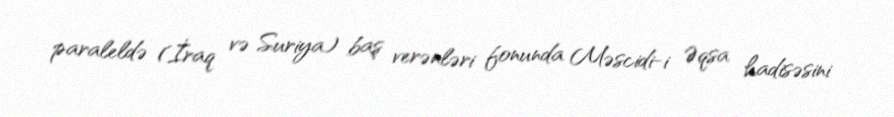
paraleldə (İraq və Suriya) baş verənləri fonunda Məscidi-i Əqsa hadisəsini